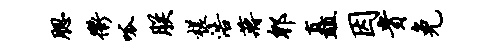
腮衢呱朕槎浩蒋郫矗因贵免